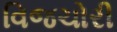
વિજચોરી